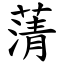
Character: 蔳